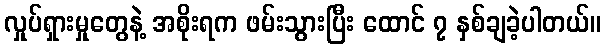
လှုပ်ရှားမှုတွေနဲ့ အစိုးရက ဖမ်းသွားပြီး ထောင် ၇ နှစ်ချခဲ့ပါတယ်။